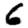
Digit: 6